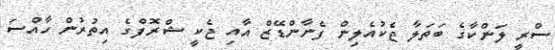
ސްރީ ލަންކާގެ ބަތަލާ ޖެކުއެލިން ފެނާންޑޭޒް އާއި ޖެކީ ޝްރޮފްގެ އިތުރުން ހާއްސަ